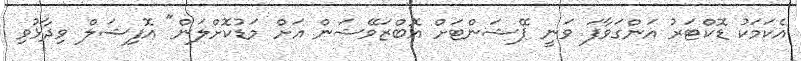
އެކަމަކު ޑޮކްޓަރު އަންގަވާފަ ވަނީ ޕޭޝަންޓަށް އޮބްޒަވޭޝަން އަށް މަޑުކޮށްލަން" އޮފިޝަލް ވިދާޅުވި